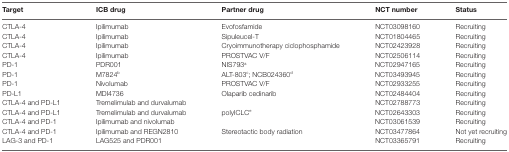
| Target | ICB drug | Partner drug | NCT number | Status |
 | --- | --- | --- | --- | --- |
 | CTLA-4 | Ipilimumab | Evofosfamide | NCT03098160 | Recruiting |
 | CTLA-4 | Ipilimumab | Sipuleucel-T | NCT01804465 | Recruiting |
 | CTLA-4 | Ipilimumab | Cryoimmunotherapy ciclophosphamide | NCT02423928 | Recruiting |
 | CTLA-4 | Ipilimumab | PROSTVAC V/F | NCT02506114 | Recruiting |
 | PD-1 | PDR001 | NIS793a | NCT02947165 | Recruiting |
 | PD-1 | M7824b | ALT-803c; NCB024360d | NCT03493945 | Recruiting |
 | PD-1 | Nivolumab | PROSTVAC V/F | NCT02933255 | Recruiting |
 | PD-L1 | MDI4736 | Olaparib cedinarib | NCT02484404 | Recruiting |
 | CTLA-4 and PD-L1 | Tremelimulab and durvalumab |  | NCT02788773 | Recruiting |
 | CTLA-4 and PD-L1 | Tremelimulab and durvalumab | polyICLCe | NCT02643303 | Recruiting |
 | CTLA-4 and PD-1 | Ipilimumab and nivolumab |  | NCT03061539 | Recruiting |
 | CTLA-4 and PD-1 | Ipilimumab and REGN2810 | Stereotactic body radiation | NCT03477864 | Not yet recruiting |
 | LAG-3 and PD-1 | LAG525 and PDR001 |  | NCT03365791 | Recruiting |